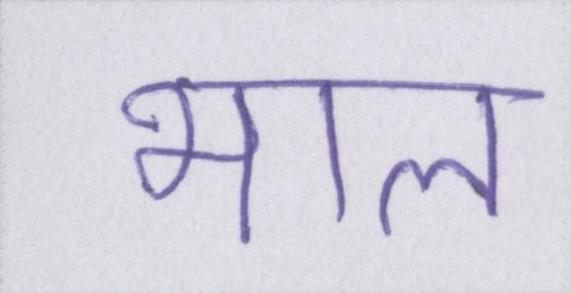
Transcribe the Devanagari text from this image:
भाल